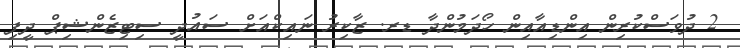
2 ދުވަަސްކުރިން އިންޑިއާއިން ހޯދަމުންދާ ޑރ. ޒާކިރު ނައިކްއަށް ސައުދީ ސިޓިޒެންޝިޕް ދީފި